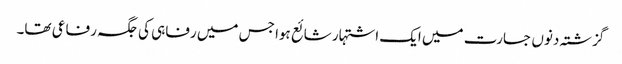
گزشتہ دنوں جسارت میں ایک اشتہار شائع ہوا جس میں رفاہی کی جگہ رفاعی تھا۔